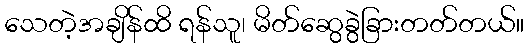
သေတဲ့အချိန်ထိ ရန်သူ၊ မိတ်ဆွေခွဲခြားတတ်တယ်။